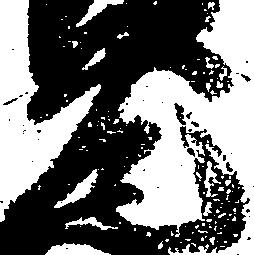
元